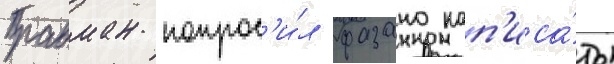
Бравман попрос'и́л фазано нап'иса́ть